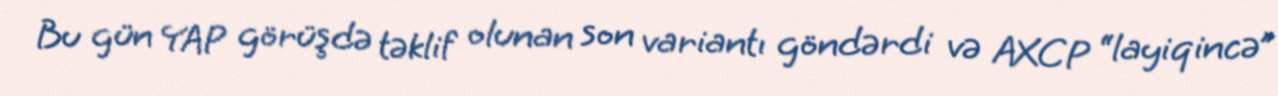
Bu gün YAP görüşdə təklif olunan son variantı göndərdi və AXCP “layiqincə”